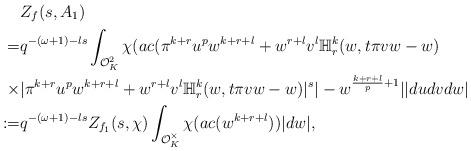
LaTeX: \begin{align*}&Z_f(s, A_1)\\=&q^{-(\omega+1)-ls}\int_{\mathcal{O}_K^2}\chi(ac(\pi^{k+r}u^pw^{k+r+l}+w^{r+l}v^l\mathbb{H}_r^k(w, t\pi vw-w)\\\times&|\pi^{k+r}u^pw^{k+r+l}+w^{r+l}v^l\mathbb{H}_r^k(w, t\pi vw-w)|^s|-w^{\frac{k+r+l}{p}+1}||dudvdw|\\:=&q^{-(\omega+1)-ls}Z_{f_1}(s, \chi)\int_{\mathcal{O}_K^{\times}}\chi(ac(w^{k+r+l}))|dw|,\end{align*}